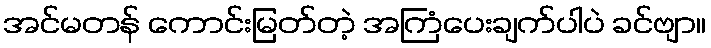
အင်မတန် ကောင်းမြတ်တဲ့ အကြံပေးချက်ပါပဲ ခင်ဗျာ။